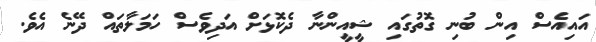
އައިއެސް އިން ބުނި ގޮތުގައި ޝީއީންނާ ދެކޮޅަށް އަދިވެސް ހަމަލާތައް ދޭނެ އެވެ.